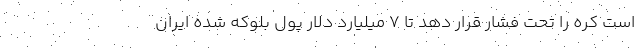
است کره را تحت فشار قرار دهد تا ۷ میلیارد دلار پول بلوکه شده ایران